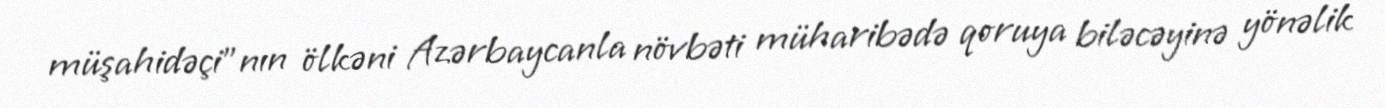
müşahidəçi"nın ölkəni Azərbaycanla növbəti müharibədə qoruya biləcəyinə yönəlik